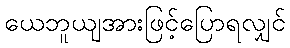
ယေဘူယျအားဖြင့်ပြောရလျှင်